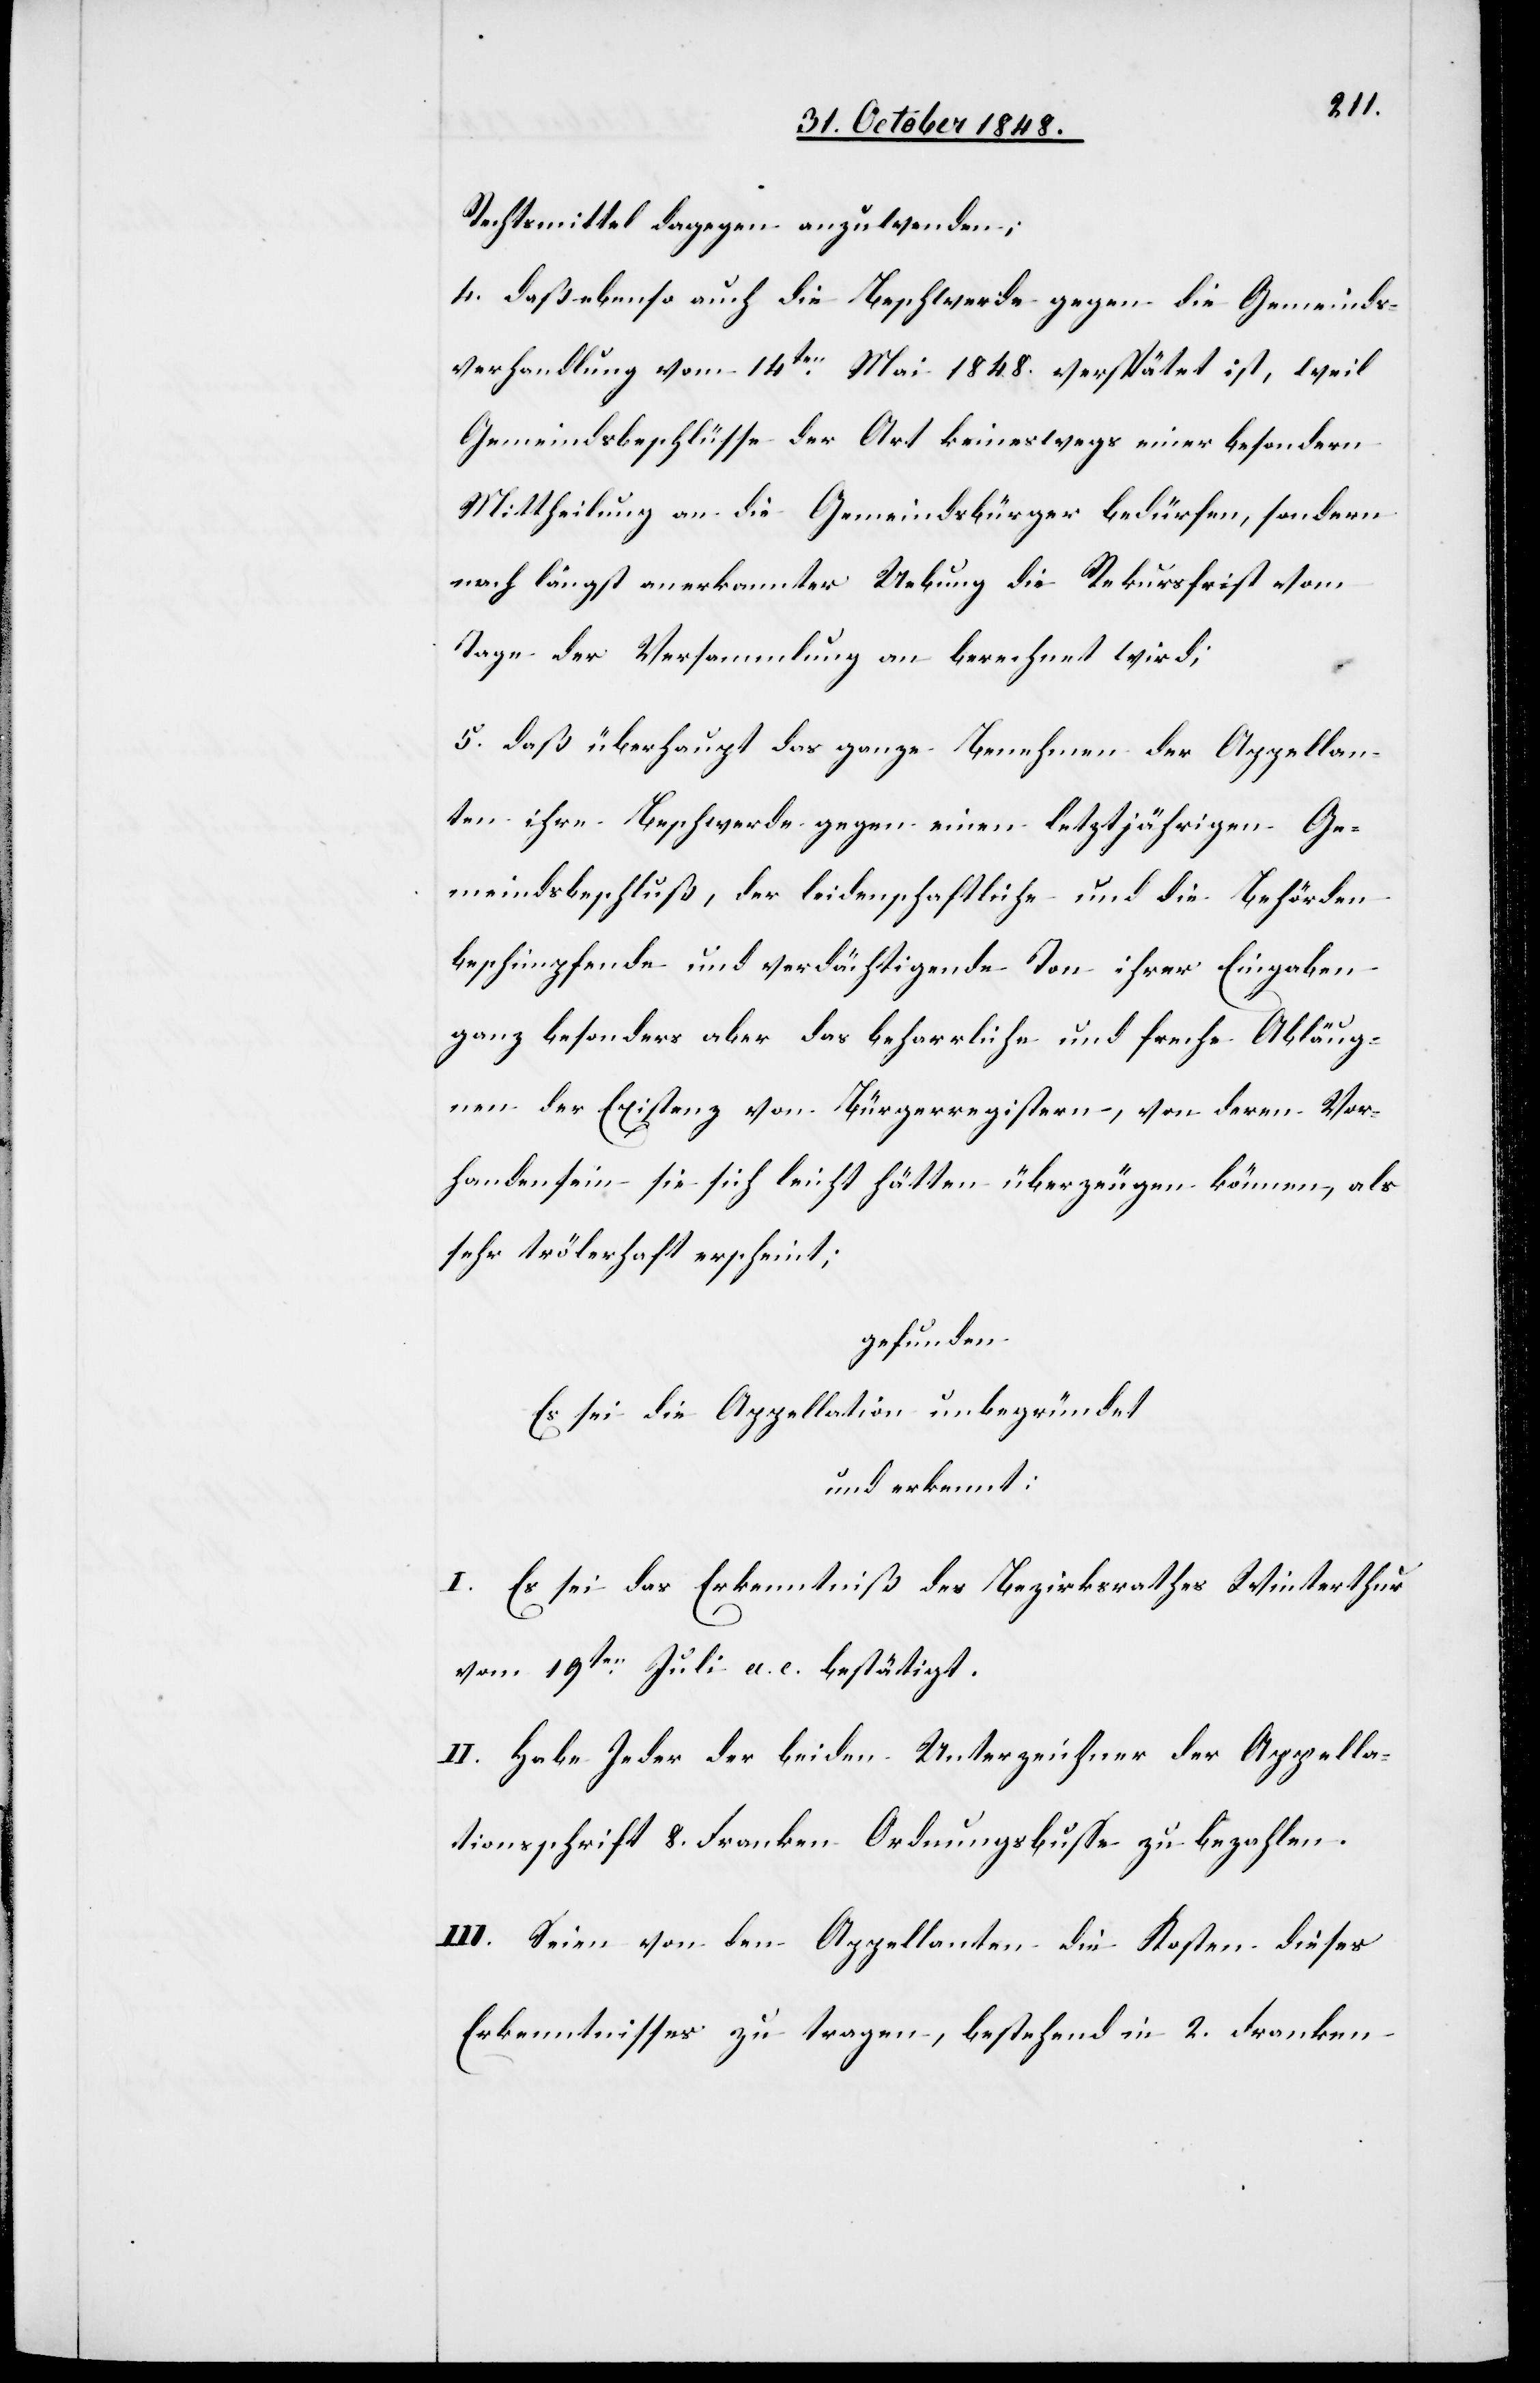
Rechtsmittel dagegen anzuwenden;
4. daß ebenso auch die Beschwerde gegen die Gemeinds¬
verhandlung vom 14ten Mai 1848. verspätet ist, weil
Gemeindsbeschlüsse der Art keineswegs einer besondern
Mittheilung an die Gemeindsbürger bedürfen, sondern
nach längst anerkannter Uebung die Rekursschrift vom
Tage der Versammlung an berechnet wird;
5. daß überhaupt das ganze Benehmen der Appellan¬
ten ihre Beschwerde gegen einen letztjährigen Ge¬
meindsbeschluß, der leidenschaftliche und die Behörden
beschimpfende und verdächtigende Ton ihrer Eingaben
ganz besonders aber das beharrliche und freche Abläug¬
nen der Existenz von Bürgerregistern, von deren Vor¬
handensein sie sich leicht hätten überzeugen können, als
sehr trölerhaft erscheint;
gefunden:
Es sei die Appellation unbegründet
und erkennt:
I. Es sei das Erkenntniß des Bezirksrathes Winterthur
vom 19ten Juli a. c. bestätigt.
II. Habe jeder der beiden Unterzeichner der Appella¬
tionsschrift 8. Franken Ordnungsbuße zu bezahlen.
III. Seien von den Appellanten die Kosten dieses
Erkenntnisse zu tragen, bestehend in 2. Franken